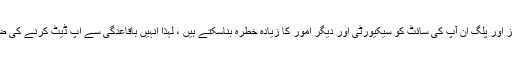
فرسودہ تھیمز اور پلگ ان آپ کی سائٹ کو سیکیورٹی اور دیگر امور کا زیادہ خطرہ بناسکتے ہیں ، لہذا انہیں باقاعدگی سے اپ ڈیٹ کرنے کی ضرورت ہے۔